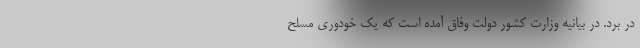
در برد. در بیانیه وزارت کشور دولت وفاق آمده است که یک خودوری مسلح